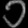
Digit: ၁